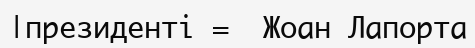
|президенті =  Жоан Лапорта